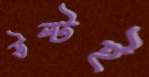
উল্‌টই